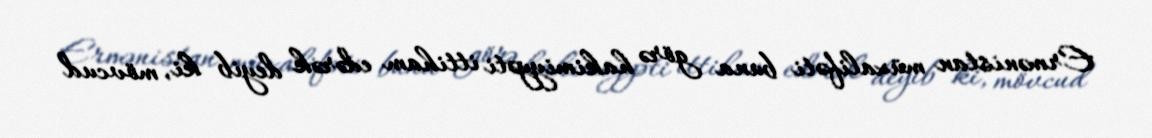
Ermənistan müxalifəti buna görə hakimiyyəti ittiham edərək deyib ki, mövcud